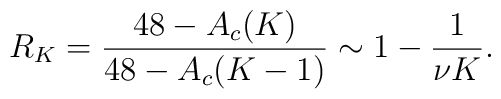
R_K = \frac{48-A_c (K)}{48-A_c (K-1)} \sim 1-\frac{1}{\nu K}.